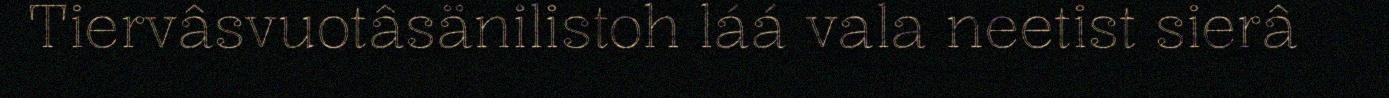
Tiervâsvuotâsänilistoh láá vala neetist sierâ